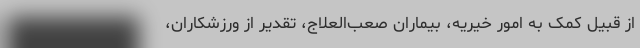
از قبیل کمک به امور خیریه، بیماران صعب‌العلاج، تقدیر از ورزشکاران،